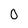
Character: 0